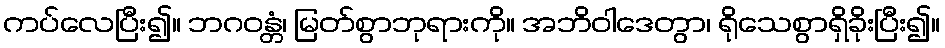
ကပ်လေပြီး၍။ ဘဂဝန္တံ၊ မြတ်စွာဘုရားကို။ အဘိဝါဒေတွာ၊ ရိုသေစွာရှိခိုးပြီး၍။